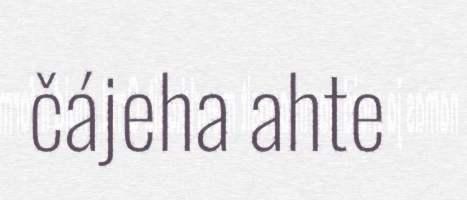
čájeha ahte